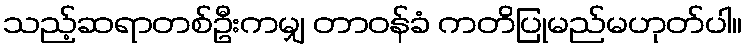
သည့်ဆရာတစ်ဦးကမျှ တာဝန်ခံ ကတိပြုမည်မဟုတ်ပါ။